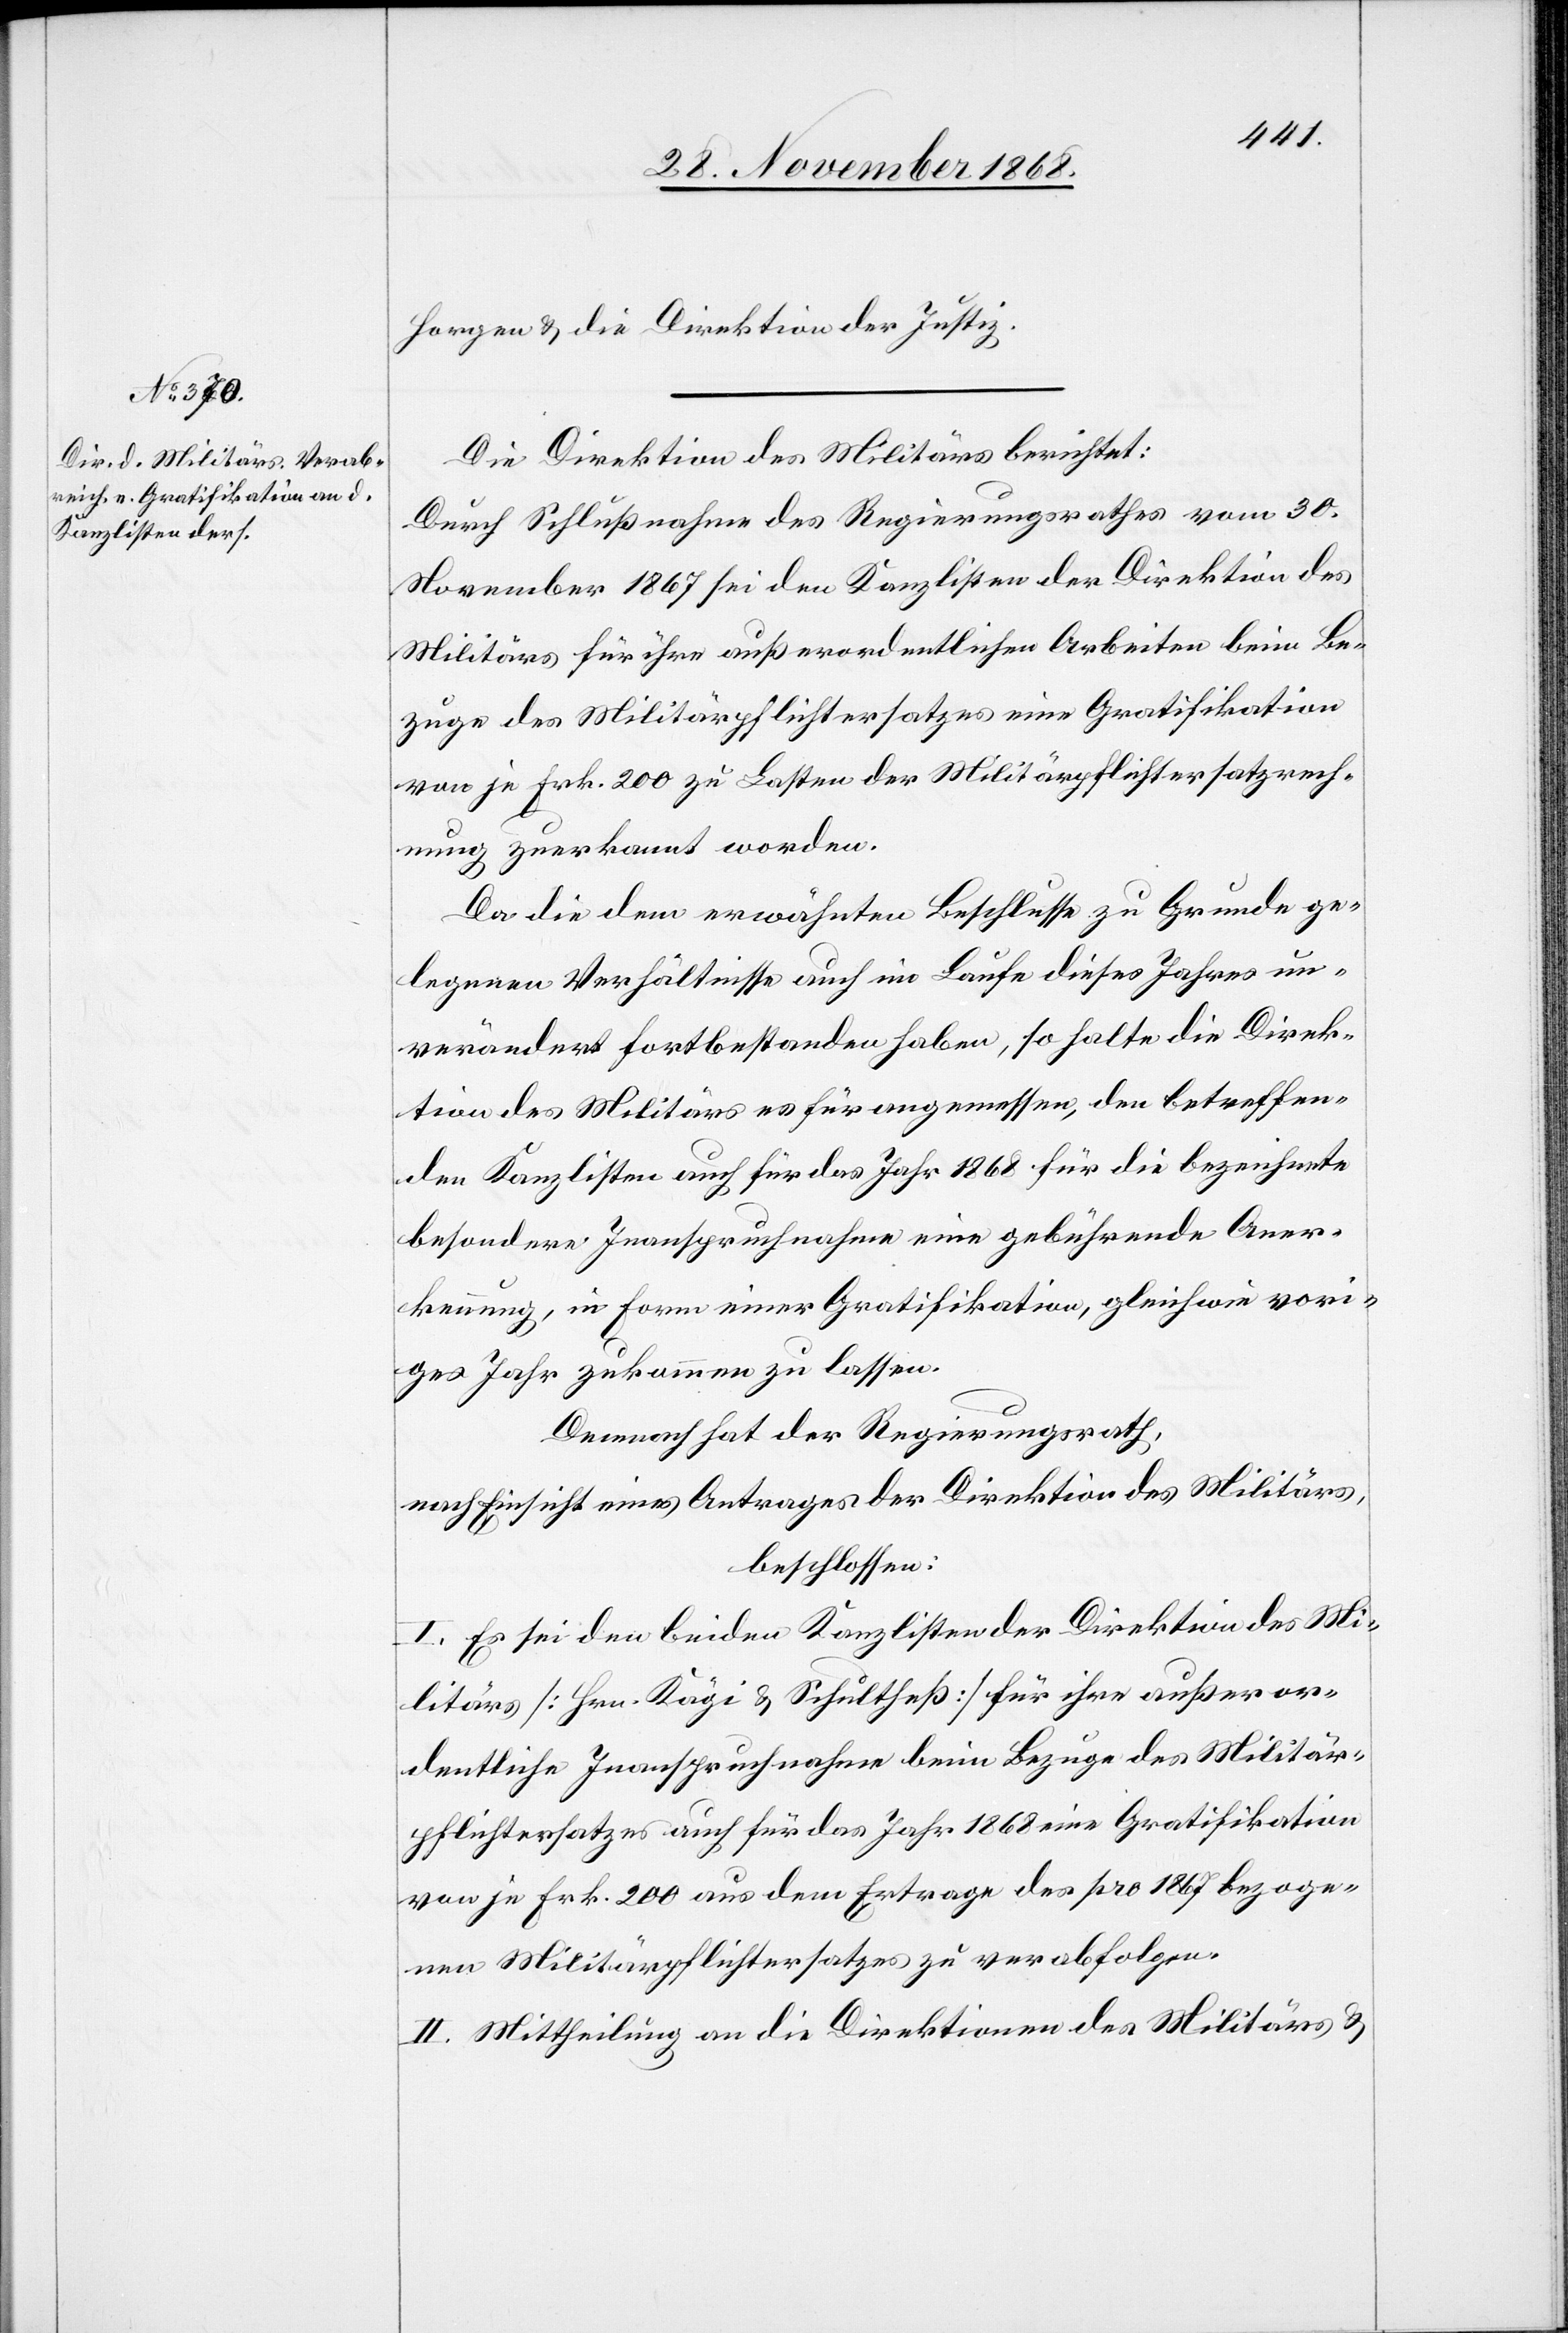
Horgen & die Direktion der Justiz.
Die Direktion des Militärs berichtet:
Durch Beschlußnahme des Regierungsrathes vom 30.
November 1867 sei den Kanzlisten der Direktion des
Militärs für ihre außerordentlichen Arbeiten beim Be¬
zuge des Militärpflichtersatzes eine Gratifikation
von je Frk. 200 zu Lasten der Militärpflichtersatzrech¬
nung zuerkannt worden.
Da die dem erwähnten Beschlusse zu Grunde ge¬
legenen Verhältnisse auch im Laufe dieses Jahres un¬
verändert fortbestanden haben, so halte die Direk¬
tion des Militärs es für angemessen, den betreffen¬
den Kanzlisten auch für das Jahr 1868 für die bezeichnete
besondere Inanspruchnahme eine gebührende Aner¬
kennung, in Form einer Gratifikation, gleichwie vori¬
ges Jahr zukommen zu lassen.
Demnach hat der Regierungsrath,
nach Einsicht eines Antrages der Direktion des Militärs,
beschlossen:
I. Es sei den beiden Kanzlisten der Direktion des Mi¬
litärs [Hrn. Kägi & Schultheß] für ihre außeror¬
dentliche Inanspruchnahme beim Bezuge des Militär¬
pflichtersatzes auch für das Jahr 1868 eine Gratifikation
von je Frk. 200 aus dem Ertrage des pro 1867 bezoge¬
nen Militärpflichtersatzes zu verabfolgen.
II. Mittheilung an die Direktionen des Militärs &